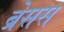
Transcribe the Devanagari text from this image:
ब्रेसस